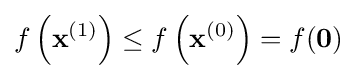
f\left(\mathbf {x} ^{(1)}\right)\leq f\left(\mathbf {x} ^{(0)}\right)=f(\mathbf {0} )